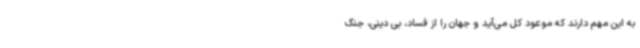
به این مهم دارند که موعود کل می‌آید و جهان را از فساد، بی دینی، جنگ